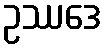
ဥဿဒေ